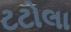
ટટોલા